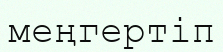
меңгертіп